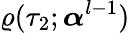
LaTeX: \varrho(\tau_{2};\boldsymbol{\alpha}^{l-1})